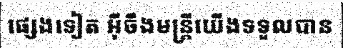
ផ្សេងទៀត អ៊ីចឹងមន្ត្រីយើងទទួលបាន